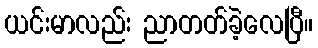
ယင်းမာလည်း ညာတတ်ခဲ့လေပြီ။